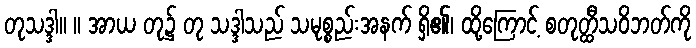
တုသဒ္ဒါ။ ။ အာယ တု၌ တု သဒ္ဒါသည် သမုစ္စည်းအနက် ရှိ၏၊ ထို့ကြောင့် စတုတ္ထီသဝိဘတ်ကို